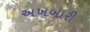
અખબારી